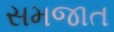
સમજાત